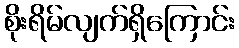
စိုးရိမ်လျက်ရှိကြောင်း